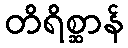
တိရိစ္ဆာန်